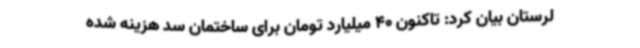
لرستان بیان کرد: تاکنون 40 میلیارد تومان برای ساختمان سد هزینه شده